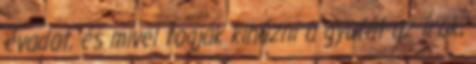
évadot, és mivel fogják kihúzni a gyufát az írok,